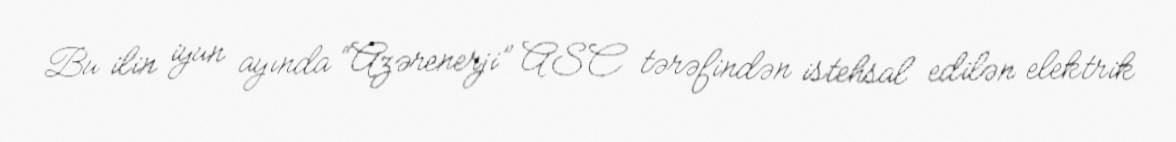
Bu ilin iyun ayında “Azərenerji” ASC tərəfindən istehsal edilən elektrik